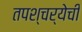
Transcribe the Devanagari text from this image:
तपश्चर्येची